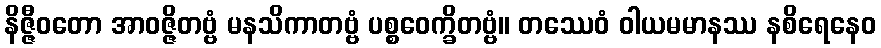
နိဇ္ဇီဝတော အာဝဇ္ဇိတဗ္ဗံ မနသိကာတဗ္ဗံ ပစ္စဝေက္ခိတဗ္ဗံ။ တဿေဝံ ဝါယမမာနဿ နစိရေနေဝ